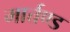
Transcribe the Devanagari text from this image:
मार्त्तण्ड